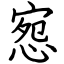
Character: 惌